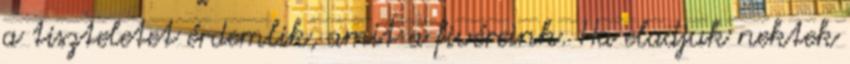
a tiszteletet érdemlik, amit a fivéreink. Ha eladjuk nektek